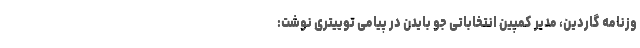
وزنامه گاردین، مدیر کمپین انتخاباتی جو بایدن در پیامی توییتری نوشت: